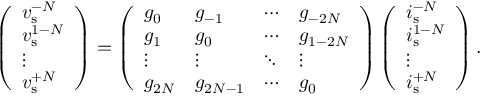
\left( \begin{array} { l } { v _ { \mathrm { s } } ^ { - N } } \\ { v _ { \mathrm { s } } ^ { 1 - N } } \\ { \vdots } \\ { v _ { \mathrm { s } } ^ { + N } } \end{array} \right) = \left( \begin{array} { l l l l } { g _ { 0 } } & { g _ { - 1 } } & { \cdots } & { g _ { - 2 N } } \\ { g _ { 1 } } & { g _ { 0 } } & { \cdots } & { g _ { 1 - 2 N } } \\ { \vdots } & { \vdots } & { \ddots } & { \vdots } \\ { g _ { 2 N } } & { g _ { 2 N - 1 } } & { \cdots } & { g _ { 0 } } \end{array} \right) \left( \begin{array} { l } { i _ { \mathrm { s } } ^ { - N } } \\ { i _ { \mathrm { s } } ^ { 1 - N } } \\ { \vdots } \\ { i _ { \mathrm { s } } ^ { + N } } \end{array} \right) .